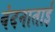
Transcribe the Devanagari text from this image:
वंदनाताई